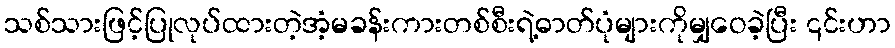
သစ်သားဖြင့်ပြုလုပ်ထားတဲ့အံ့မခန်းကားတစ်စီးရဲ့ဓာတ်ပုံများကိုမျှဝေခဲ့ပြီး ၎င်းဟာ